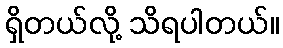
ရှိတယ်လို့ သိရပါတယ်။